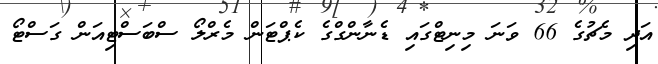
އަދި މެޗުގެ 66 ވަނަ މިނިޓްގައި ޑެނާންގްގެ ކެޕްޓަން މެރްލޯ ސްބަސްޓިއަން ގަސްޓޯ